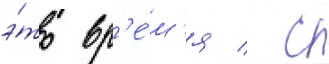
э́то вр'е́м'я / с